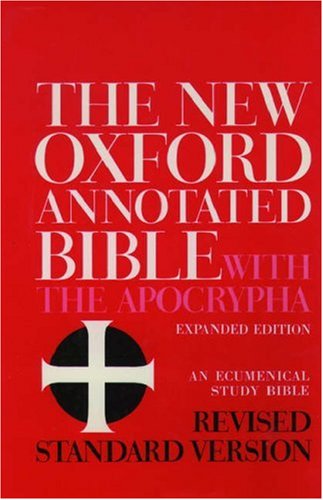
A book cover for The New Oxford Annotated Bible with the Apocrypha, Revised Standard Version, Expanded Edition (Hardcover 8910A); Christian Books & Bibles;